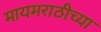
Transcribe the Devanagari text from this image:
मायमराठीच्या